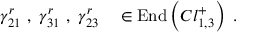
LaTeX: \gamma _ { 2 1 } ^ { r } ~ , ~ \gamma _ { 3 1 } ^ { r } ~ , ~ \gamma _ { 2 3 } ^ { r } ~ ~ ~ \in \mathrm { E n d } \left( C l _ { 1 , 3 } ^ { + } \right) ~ .